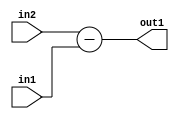
`timescale 1ps / 1ps
/*****************************************************************************
    Verilog RTL Description
    
    
    Created by: Stratus DpOpt 2019.1.01 
*******************************************************************************/

module fix2float_Sub_6Sx5U_6S_4_2 (
	in2,
	in1,
	out1
	); /* architecture "behavioural" */ 
input [5:0] in2;
input [4:0] in1;
output [5:0] out1;
wire [5:0] asc001;

assign asc001 = 
	+(in2)
	-(in1);

assign out1 = asc001;
endmodule

/* CADENCE  urn0Tgw= : u9/ySgnWtBlWxVPRXgAZ4Og= ** DO NOT EDIT THIS LINE ******/